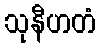
သုနီဟတံ